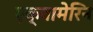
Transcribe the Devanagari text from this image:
एक्वामेरिन